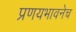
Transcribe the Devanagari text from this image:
प्रणयभावनेच